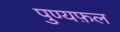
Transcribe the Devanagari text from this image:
पुण्यफ़ल